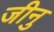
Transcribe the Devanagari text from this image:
जीनु